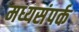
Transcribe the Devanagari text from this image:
मध्यसंपर्क